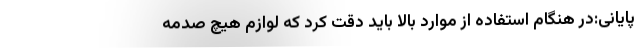
پایانی:در هنگام استفاده از موارد بالا باید دقت کرد که لوازم هیچ صدمه